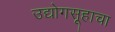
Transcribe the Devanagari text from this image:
उद्योगसूहाचा